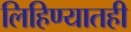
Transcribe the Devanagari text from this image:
लिहिण्यातही